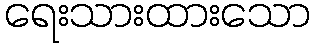
ရေးသားထားသော